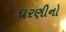
ધરણીનો